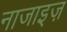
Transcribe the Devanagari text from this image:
नाजाइज़